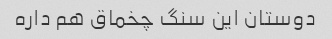
دوستان این سنگ چخماق هم داره